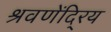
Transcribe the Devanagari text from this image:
श्रवणेंदि्रय